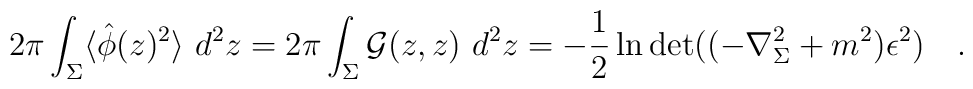
2\pi\int_{\Sigma}\langle\hat{\phi}(z)^2\rangle~d^2 z = 2\pi\int_{\Sigma}{\cal G}(z,z)~d^2 z=-\frac 12\ln\det((-\nabla_\Sigma^2+m^2)\epsilon^2)~~~.